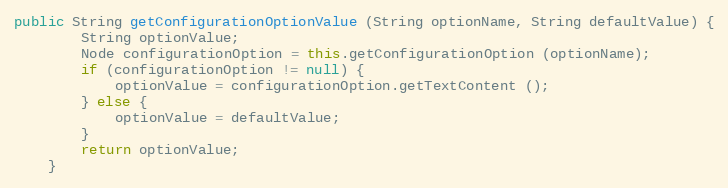
Language: Java
public String getConfigurationOptionValue (String optionName, String defaultValue) {
		String optionValue;
		Node configurationOption = this.getConfigurationOption (optionName);
		if (configurationOption != null) {
			optionValue = configurationOption.getTextContent ();
		} else {
			optionValue = defaultValue;
		}
		return optionValue;
	}